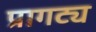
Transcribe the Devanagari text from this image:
प्रागट्य